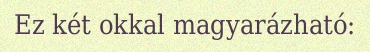
Ez két okkal magyarázható: